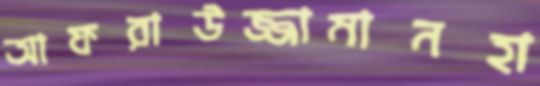
আফরাউজ্জামানহা